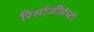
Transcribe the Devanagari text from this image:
रिसॉर्जीमेन्टो